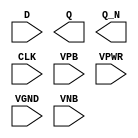
module sky130_fd_sc_ls__dfxbp (
    //# {{data|Data Signals}}
    input  D   ,
    output Q   ,
    output Q_N ,

    //# {{clocks|Clocking}}
    input  CLK ,

    //# {{power|Power}}
    input  VPB ,
    input  VPWR,
    input  VGND,
    input  VNB
);
endmodule